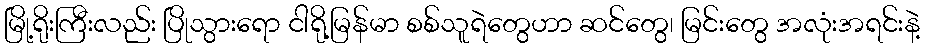
မြို့ရိုးကြီးလည်း ပြိုသွားရော ငါရို့မြန်မာ စစ်သူရဲတွေဟာ ဆင်တွေ၊ မြင်းတွေ အလုံးအရင်းနဲ့